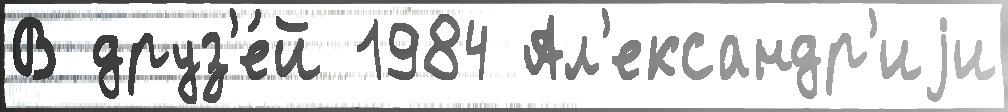
В друз'е́й 1984 Ал'ександр'иjи